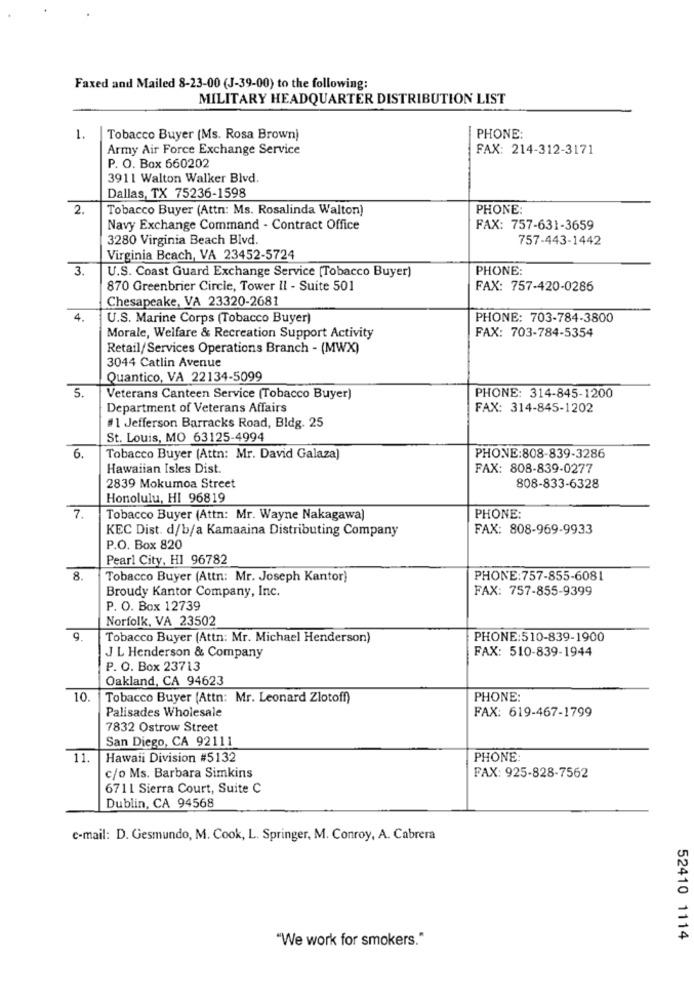
Faxed and Mailed 8-23-00 (J-39-00) to the following:
MILITARY HEADQUARTER DISTRIBUTION LIST
1.
Tobacco Buyer (Ms. Rosa Brown)
PHONE:
Army Air Force Exchange Service
FAX: 214-312-3171
P. O. Box 660202
3911 Walton Walker Blvd.
Dallas, TX 75236-1598
2.
Tobacco Buyer (Attn: Ms. Rosalinda Walton)
PHONE:
Navy Exchange Command - Contract Office
FAX: 757-631-3659
3280 Virginia Beach Blvd.
757-443-1442
Virginia Beach, VA 23452-5724
3.
U.S. Coast Guard Exchange Service [Tobacco Buyer)
PHONE:
870 Greenbrier Circle, Tower Il - Suite 501
FAX: 757-420-0286
Chesapeake, VA 23320-2681
4.
U.S. Marine Corps (Tobacco Buyer)
PHONE: 703-784-3800
Morale, Welfare & Recreation Support Activity
FAX: 703-784-5354
Retail/Services Operations Branch - (MWX)
3044 Catlin Avenue
Quantico, VA 22134-5099
5.
Veterans Canteen Service (Tobacco Buyer)
PHONE: 314-845-1200
Department of Veterans Affairs
FAX: 314-845-1202
#1 Jefferson Barracks Road, Bldg. 25
St. Louis, MO 63125-4994
6.
Tobacco Buyer (Attn: Mr. David Galaza)
PHONE:808-839-3286
Hawaiian Isles Dist.
FAX: 808-839-0277
2839 Mokumoa Street
808-833-6328
Honolulu, HI 96819
7.
Tobacco Buyer (Attn: Mr. Wayne Nakagawa)
PHONE:
KEC Dist. d/b/a Kamaaina Distributing Company
FAX: 808-969-9933
P.O. Box 820
Pearl City, H1 96782
8.
Tobacco Buyer (Attn: Mr. Joseph Kantor)
PHONE:757-855-6081
Broudy Kantor Company, Inc.
FAX: 757-855-9399
P. O. Box 12739
Norfolk, VA 23502
9
Tobacco Buyer (Attn: Mr. Michael Henderson)
PHONE:510-839-1900
FAX: 510-839-1944
J L Henderson & Company
P. O. Box 23713
Oakland, CA 94623
10.
Tobacco Buyer (Attn: Mr. Leonard Zlotof!)
PHONE:
FAX: 619-467-1799
Palisades Wholesale
7832 Ostrow Street
San Diego, CA 92111
11.
Hawaii Division #5132
PHONE:
c/o Ms. Barbara Simkins
FAX: 925-828-7562
6711 Sierra Court, Suite C
Dublin, CA 94568
e-mail: D. Gesmundo, M. Cook, L. Springer, M. Conroy, A. Cabrera
"We work for smokers."
52410 1114